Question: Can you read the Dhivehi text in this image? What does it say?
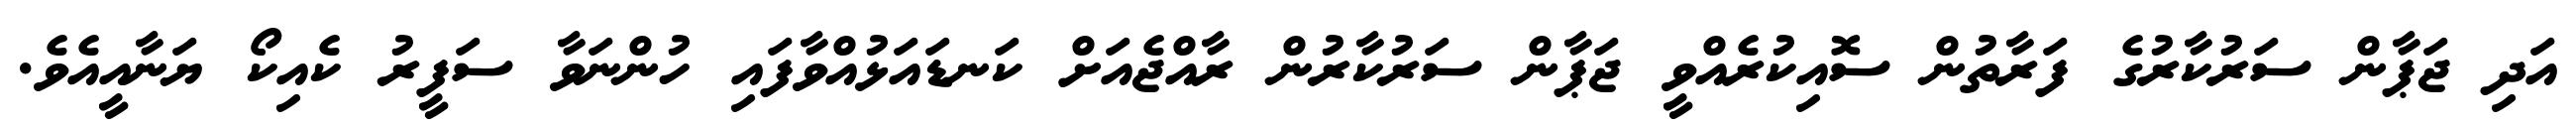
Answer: އަދި ޖަޕާން ސަރުކާރުގެ ފަރާތުން ސޮއިކުރެއްވީ ޖަޕާން ސަރުކާރުން ރާއްޖެއަށް ކަނޑައަޅުއްވާފައި ހުންނަވާ ސަފީރު ކެއިކޯ ޔަނާއީއެވެ.